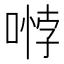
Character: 𭉱